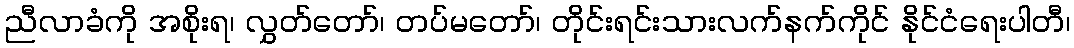
ညီလာခံကို အစိုးရ၊ လွှတ်တော်၊ တပ်မတော်၊ တိုင်းရင်းသားလက်နက်ကိုင် နိုင်ငံရေးပါတီ၊